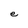
Character: e